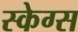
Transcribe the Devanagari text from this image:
स्केग्स